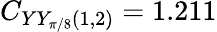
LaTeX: C_{YY_{\pi/8}(1,2)}=1.211